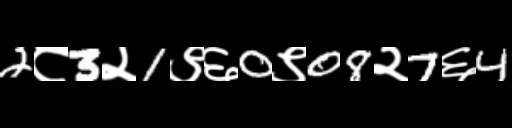
Text: 2८3२1९६0९08२7६4